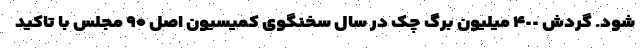
شود. گردش ۴٠٠ میلیون برگ چک در سال سخنگوی کمیسیون اصل ۹۰ مجلس با تاکید